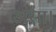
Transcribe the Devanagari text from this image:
असा।